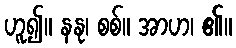
ဟူ၍။ နနု၊ စစ်။ အာဟ၊ ၏။